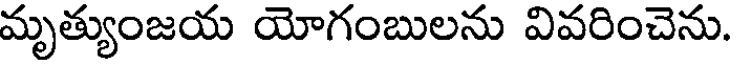
మృత్యుంజయ యోగంబులను వివరించెను.